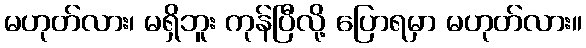
မဟုတ်လား၊ မရှိဘူး ကုန်ပြီလို့ ပြောရမှာ မဟုတ်လား။